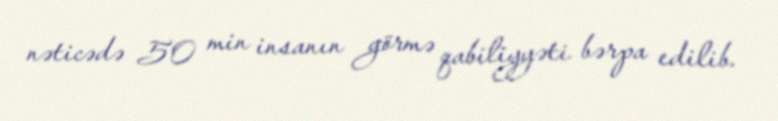
nəticədə 50 min insanın görmə qabiliyyəti bərpa edilib.